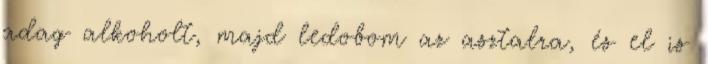
adag alkoholt, majd ledobom az asztalra, és el is